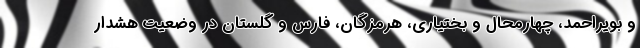
و بویراحمد، چهارمحال و بختیاری، هرمزگان، فارس و گلستان در وضعیت هشدار